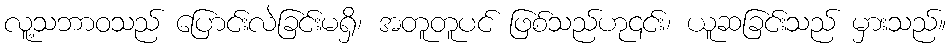
လူ့သဘာဝသည် ပြောင်းလဲခြင်းမရှိ၊ အတူတူပင် ဖြစ်သည်ဟု၎င်း၊ ယူဆခြင်းသည် မှားသည်။